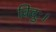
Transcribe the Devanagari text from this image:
विदुः।